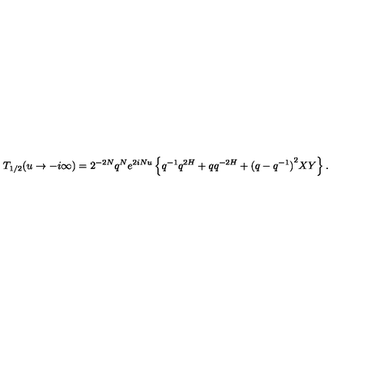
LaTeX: T _ { 1 / 2 } ( u \rightarrow - i \infty ) = 2 ^ { - 2 N } q ^ { N } e ^ { 2 i N u } \left\{ q ^ { - 1 } q ^ { 2 H } + q q ^ { - 2 H } + { ( q - q ^ { - 1 } ) } ^ { 2 } X Y \right\} .